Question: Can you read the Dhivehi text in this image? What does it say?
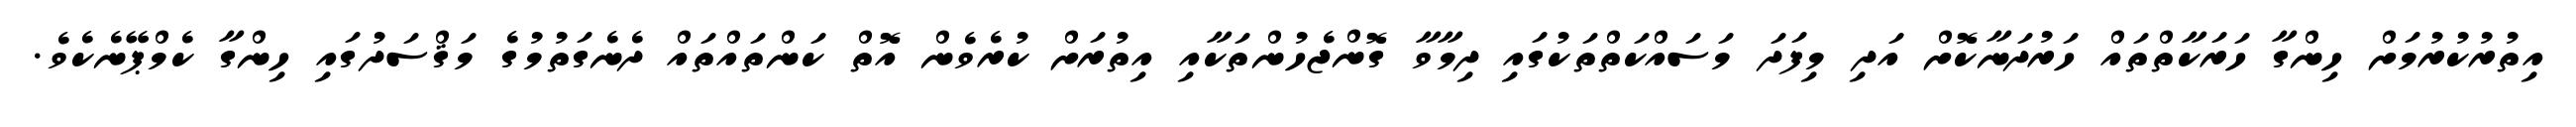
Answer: އިތުރުކުރުމަށް ހިންގާ ހަރަކާތްތައް ހަރުދަނާކޮށް އަދި މިފަދަ މަސައްކަތްތަކުގައި ދިމާވާ ގޮންޖެހުންތަކާއި އިތުރަށް ކުރެވެން އޮތް ކަންތައްތައް ދެނެގަތުމުގެ މަޤްސަދުގައި ހިންގާ ކެމްޕޭނެކެވެ.